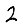
Digit: 2